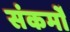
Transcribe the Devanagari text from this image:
संकर्मों